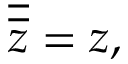
{ \overline { { \overline { { z } } } } } = z ,